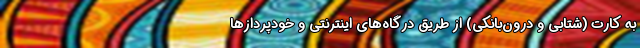
به کارت (شتابی و درون‌بانکی) از طریق درگاه‌های اینترنتی و خودپردازها